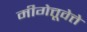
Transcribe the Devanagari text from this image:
मीगेत्तूवेत्ते